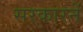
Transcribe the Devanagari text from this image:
सरकारनें